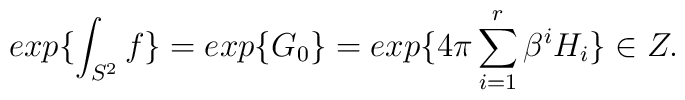
exp\{\int_{S^2}f\}=exp\{G_0\}=exp\{4\pi\sum_{i=1}^{r}\beta^{i}H_{i}\}\in Z.